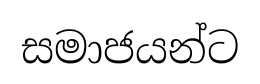
සමාජයන්ට